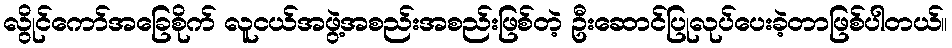
လွိုင်ကော်အခြေစိုက် လူငယ်အဖွဲ့အစည်းအစည်းဖြစ်တဲ့ ဦးဆောင်ပြုလုပ်ပေးခဲ့တာဖြစ်ပါတယ်။